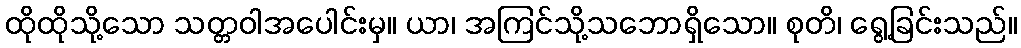
ထိုထိုသို့သော သတ္တဝါအပေါင်းမှ။ ယာ၊ အကြင်သို့သဘောရှိသော။ စုတိ၊ ရွေ့ခြင်းသည်။